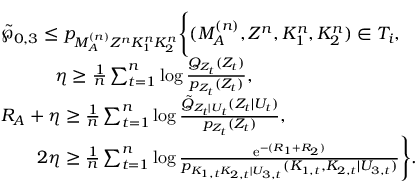
\begin{array} { r l } & { \tilde { \wp } _ { 0 , 3 } \leq p _ { M _ { \cal A } ^ { ( n ) } Z ^ { n } K _ { 1 } ^ { n } K _ { 2 } ^ { n } } \Biggl \{ ( M _ { \cal A } ^ { ( n ) } , Z ^ { n } , K _ { 1 } ^ { n } , K _ { 2 } ^ { n } ) \in { \cal T } _ { i } , } \\ & { \qquad \quad \eta \geq \frac { 1 } { n } \sum _ { t = 1 } ^ { n } \log \frac { Q _ { { Z } _ { t } } ( Z _ { t } ) } { p _ { Z _ { t } } ( Z _ { t } ) } , } \\ & { R _ { \cal A } + \eta \geq \frac { 1 } { n } \sum _ { t = 1 } ^ { n } \log \frac { \tilde { Q } _ { Z _ { t } | U _ { t } } ( Z _ { t } | U _ { t } ) } { p _ { Z _ { t } } ( Z _ { t } ) } , } \\ & { \qquad 2 \eta \geq \frac { 1 } { n } \sum _ { t = 1 } ^ { n } \log \frac { \mathrm { e } ^ { - ( R _ { 1 } + R _ { 2 } ) } } { p _ { K _ { 1 , t } K _ { 2 , t } | U _ { 3 , t } } ( K _ { 1 , t } , K _ { 2 , t } | U _ { 3 , t } ) } \Biggr \} . } \end{array}